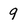
Character: 9